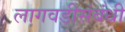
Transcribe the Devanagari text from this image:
लागवडीसंबंधी